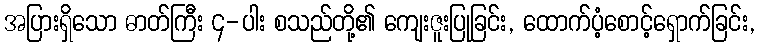
အပြားရှိသော ဓာတ်ကြီး ၄-ပါး စသည်တို့၏ ကျေးဇူးပြုခြင်း, ထောက်ပံ့စောင့်ရှောက်ခြင်း,